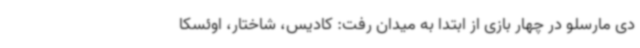
دی مارسلو در چهار بازی از ابتدا به میدان رفت: کادیس، شاختار، اوئسکا